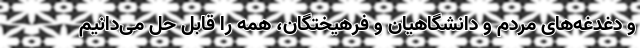
و دغدغه‌های مردم و دانشگاهیان و فرهیختگان، همه را قابل حل می‌دانیم